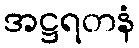
အဋ္ဌရတနံ